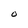
Character: O